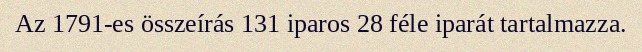
Az 1791-es összeírás 131 iparos 28 féle iparát tartalmazza.